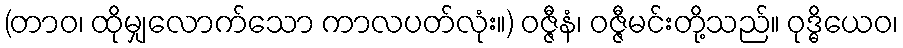
(တာဝ၊ ထိုမျှလောက်သော ကာလပတ်လုံး။) ဝဇ္ဇီနံ၊ ဝဇ္ဇီမင်းတို့သည်။ ဝုဒ္ဓိယေဝ၊